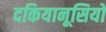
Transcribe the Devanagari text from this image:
दकियानूसियों